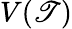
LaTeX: V(\mathscr{T})